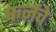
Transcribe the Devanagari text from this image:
फर्नचे